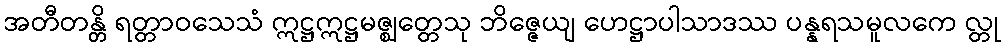
အတီတန္တိ ရတ္တာဝသေသံ ဣဋ္ဌဣဋ္ဌမဇ္ဈတ္တေသု ဘိဇ္ဇေယျ ဟေဋ္ဌာပါသာဒဿ ပန္နရသမူလကေ လ္တု